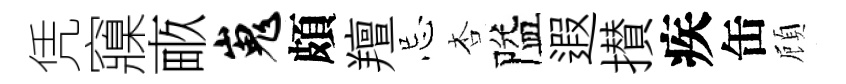
凭䆿畞嵬頗羶忌杏隘遐攅疾缶頋